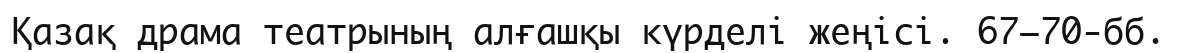
Қазақ драма театрының алғашқы күрделі жеңісі. 67−70-бб.